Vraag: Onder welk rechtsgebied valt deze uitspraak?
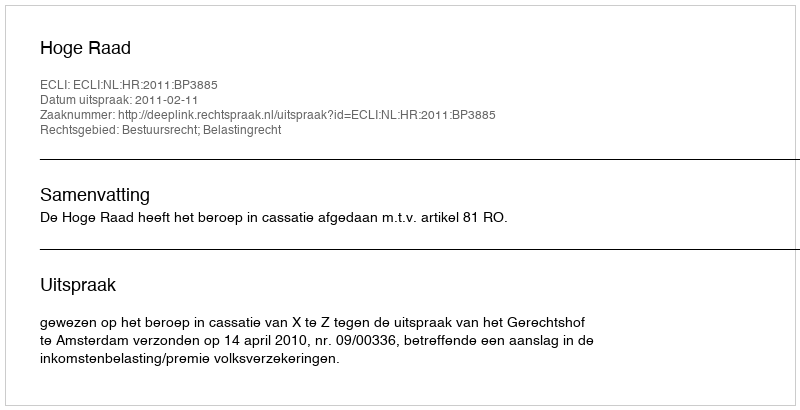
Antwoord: Bestuursrecht; Belastingrecht